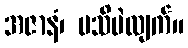
အဇာနံ၊ မသိပဲလျက်။